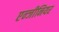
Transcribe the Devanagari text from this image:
एन्जीनियर